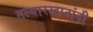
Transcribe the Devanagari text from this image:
तल्यारखानांनी